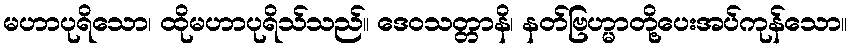
မဟာပုရိသော၊ ထိုမဟာပုရိသ်သည်။ ဒေဝသတ္တာနိ၊ နတ်ဗြဟ္မာတို့ပေးအပ်ကုန်သော။